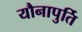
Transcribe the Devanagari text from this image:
यौनापुर्ति